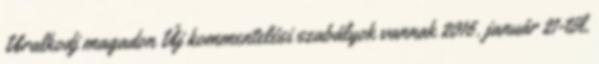
Uralkodj magadon Új kommentelési szabályok vannak 2016. január 21-től.